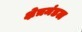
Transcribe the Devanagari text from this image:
क्षेत्रमंडल